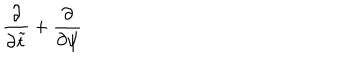
{ \frac { \partial } { \partial \tilde { t } } } + { \frac { \partial } { \partial \psi } }